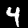
Label: 4